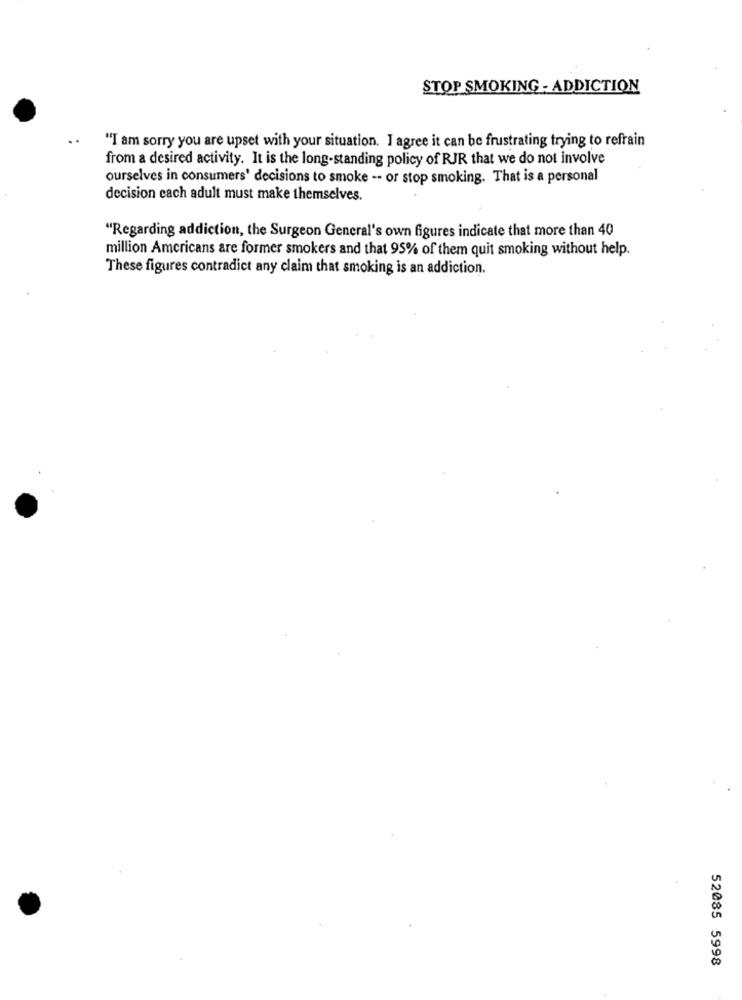
STOP SMOKING - ADDICTION
"I am sorry you are upset with your situation. I agree it can be frustrating trying to refrain
from a desired activity. It is the long-standing policy of RJR that we do not involve
ourselves in consumers' decisions to smoke -- or stop smoking. That is a personal
decision cach adult must make themselves.
"Regarding addiction, the Surgeon General's own figures indicate that more than 40
million Americans are former smokers and that 95% of them quit smoking without help.
These figures contradict any claim that smoking is an addiction.
52085 5998